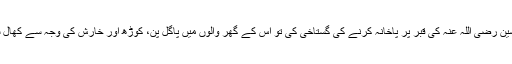
حضرت اعمش رضی اللہ عنہ کہتے ہیں کہ ایک آدمی نے حضرت حسین رضی اللہ عنہ کی قبر پر پاخانہ کرنے کی گستاخی کی تو اس کے گھر والوں میں پاگل پن، کوڑھ اور خارش کی وجہ سے کھال سفید ہوجانے کی بیماری پیدا ہوگئی اور سارے گھر والے فقیر ہوگئے۔